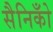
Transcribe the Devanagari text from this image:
सैनिकोँ